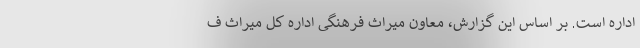
اداره است. بر اساس این گزارش، معاون میراث فرهنگی اداره کل میراث ف